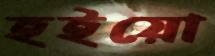
হইয়ো